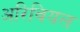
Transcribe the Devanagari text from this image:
अरिवियल